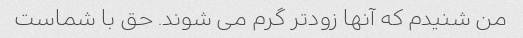
من شنیدم که آنها زودتر گرم می شوند. حق با شماست